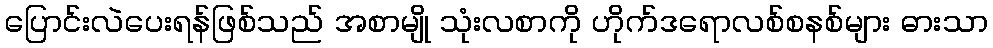
ပြောင်းလဲပေးရန်ဖြစ်သည် အစာမျို သုံးလစာကို ဟိုက်ဒရောလစ်စနစ်များ ဓားသာ